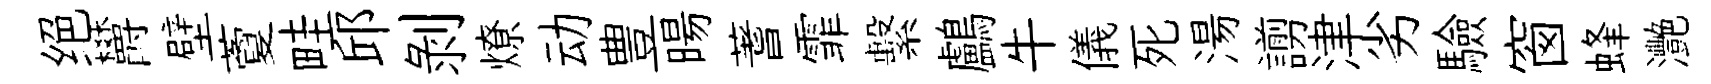
绝欝壁藑畦邱剝燎动豊暘蓍霏繫鸕牛儀死湯謭津劣驗窗蜂灧